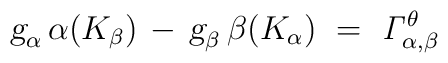
\mbox{\sl g}_\alpha \, \alpha(K_\beta) \, - \, \mbox{\sl g}_\beta  \, \beta(K_\alpha)~ =~\mathit{\Gamma}_{\alpha,\beta}^\theta